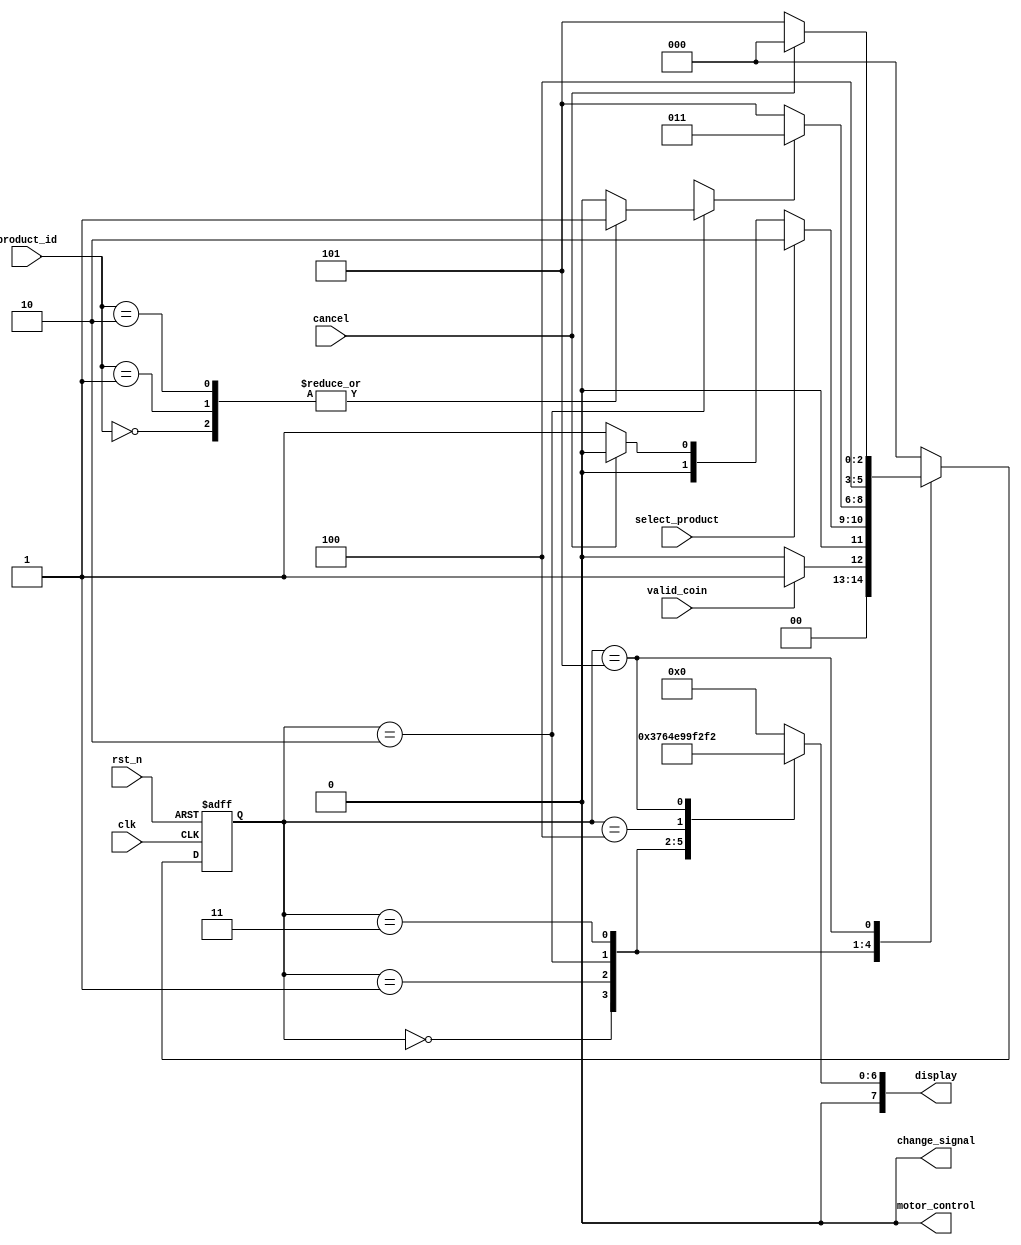
module vending_machine (
    input clk,                // Clock signal
    input rst_n,              // Active low reset
    input valid_coin,         // Indicates a valid coin has been inserted
    input select_product,     // Indicates a product has been selected
    input cancel,             // Allows user to cancel the transaction
    input [1:0] product_id,   // Product ID selected (for simplicity, 2 bits)
    output reg [7:0] display, // Output display messages (8-bit for simplicity)
    output reg motor_control,  // Control signal for product dispensing
    output reg change_signal   // Control signal for change dispensing
);

    // State encoding
    parameter S0 = 3'b000; // Idle
    parameter S1 = 3'b001; // Coin Inserted
    parameter S2 = 3'b010; // Selection
    parameter S3 = 3'b011; // Dispense
    parameter S4 = 3'b100; // Change
    parameter S5 = 3'b101; // Error

    reg [2:0] current_state, next_state;

    // State transition logic
    always @ (posedge clk or negedge rst_n) begin
        if (!rst_n)
            current_state <= S0;
        else
            current_state <= next_state;
    end

    // Next state logic
    always @ (*) begin
        case (current_state)
            S0: begin
                // Idle state
                if (valid_coin)
                    next_state = S1;
                else
                    next_state = S0;
            end
            
            S1: begin
                // Coin Inserted state
                if (select_product)
                    next_state = S2;
                else if (cancel)
                    next_state = S0;
                else
                    next_state = S1;
            end
            
            S2: begin
                // Selection state
                if (product_id_valid(product_id)) // Check if the product is valid
                    next_state = S3;
                else
                    next_state = S5; // Go to Error if invalid
            end
            
            S3: begin
                // Dispense state
                motor_control = 1; // Activate motor
                next_state = S4; // Go to Change state if needed
            end
            
            S4: begin
                // Change state
                change_signal = 1; // Activate change dispensing
                next_state = S0; // Go back to Idle
            end
            
            S5: begin
                // Error state
                if (cancel)
                    next_state = S0; // Acknowledge error and reset
                else
                    next_state = S5; // Stay in Error
            end
            
            default: next_state = S0; // Default to Idle
        endcase
    end

    // Output logic (Moore outputs depend only on current state)
    always @ (*) begin
        display = 8'b00000000; // Default display
        motor_control = 0;     // Default motor control
        change_signal = 0;     // Default change signal
        
        case (current_state)
            S0: display = "Insert Coin";  // Idle message
            S1: display = "Coin Inserted"; // Show inserted amount (could be more specific)
            S2: display = "Select Product"; // Prompt product selection
            S3: display = "Dispensing";     // Dispensing message
            S4: display = "Returning Change"; // Change return message
            S5: display = "Error";          // Error message
        endcase
    end

    // Function to check product validity
    function product_id_valid(input [1:0] id);
        // Simple example: Valid IDs are 00, 01, 10 (e.g., products 0-2)
        case (id)
            2'b00: product_id_valid = 1; // Valid product
            2'b01: product_id_valid = 1; // Valid product
            2'b10: product_id_valid = 1; // Valid product
            default: product_id_valid = 0; // Invalid
        endcase
    endfunction

endmodule